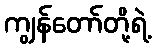
ကျွန်တော်တို့ရဲ့